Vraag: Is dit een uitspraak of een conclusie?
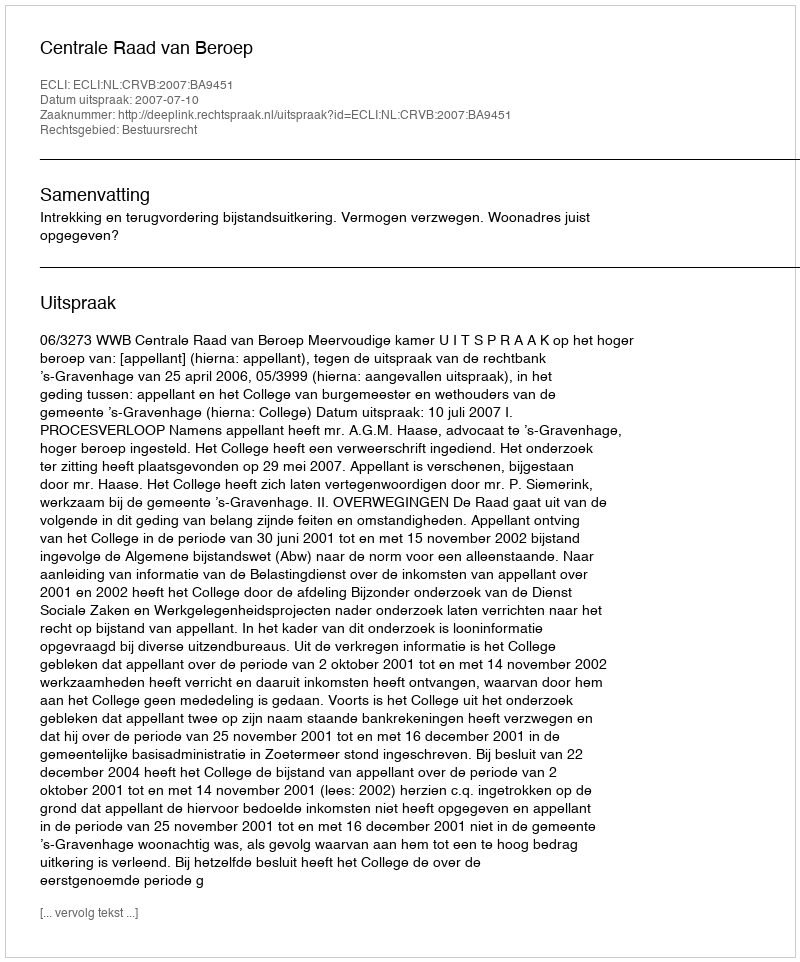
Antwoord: Uitspraak